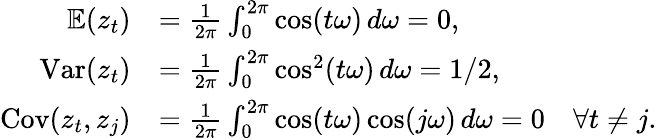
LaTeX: {\begin{array}{rl}{\mathbb{E}(z_{t})}&{={\frac{1}{2\pi}}\int_{0}^{2\pi}\cos(t\omega)\, d\omega=0,}\\ {\operatorname{Var}(z_{t})}&{={\frac{1}{2\pi}}\int_{0}^{2\pi}\cos^{2}(t\omega)\, d\omega=1/2,}\\ {\operatorname{Cov}(z_{t},z_{j})}&{={\frac{1}{2\pi}}\int_{0}^{2\pi}\cos(t\omega)\cos(j\omega)\, d\omega=0\quad\forall t\neq j.}\end{array}}